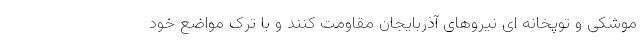
موشکی و توپخانه ای نیروهای آذربایجان مقاومت کنند و با ترک مواضع خود